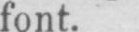
font.